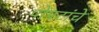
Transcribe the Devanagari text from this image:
पोपटांचे